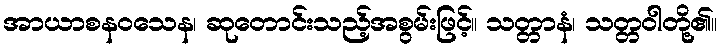
အာယာစနဝသေန၊ ဆုတောင်းသည့်အစွမ်းဖြင့်။ သတ္တာနံ၊ သတ္တဝါတို့၏။